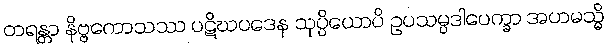
တရန္တာ နိဗ္ဗကောသဿ ပဋိဃပဒေန သုပ္ပိယောပိ ဥပသမ္ပဒါပေက္ခာ အဟမသ္မိ